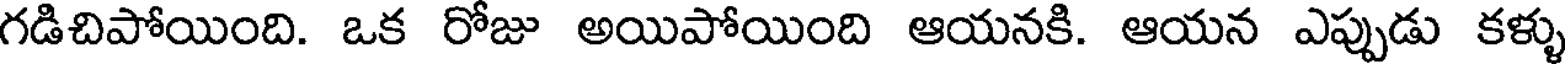
గడిచిపోయింది. ఒక రోజు అయిపోయింది ఆయనకి. ఆయన ఎప్పుడు కళ్ళు